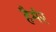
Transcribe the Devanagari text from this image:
हैर्मर